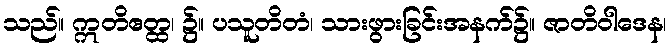
သည်။ ဣတိဧတ္ထ၊ ၌။ ပသူတိတံ၊ သားဖွားခြင်းအနက်၌။ ဇာတိဝါဒေန၊